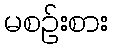
မစဉ်းစား